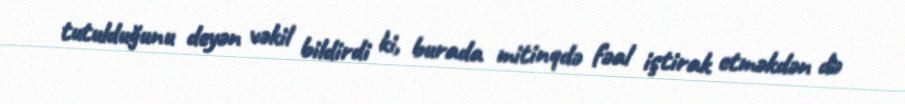
tutulduğunu deyən vəkil bildirdi ki, burada mitinqdə fəal iştirak etməkdən də